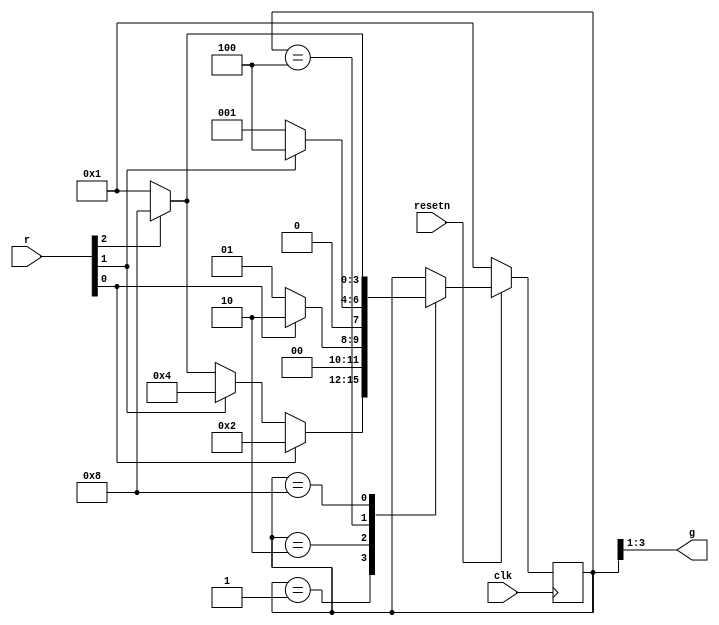
module top_module (
    input clk,
    input resetn,    // active-low synchronous reset
    input [3:1] r,   // request
    output [3:1] g   // grant
); 
    reg [3:0] state, next_state;
    always @(*) begin
        case (state)
            'b0001: next_state <= (r[1] ? 'b0010: (r[2] ? 'b0100: (r[3] ? 'b1000: 'b0001)));
            'b0010: next_state <= r[1] ? 'b0010: 'b0001;
            'b0100: next_state <= r[2] ? 'b0100: 'b0001;
            'b1000: next_state <= r[3] ? 'b1000: 'b0001;
            default: next_state <= state;
        endcase
    end
    
    always @(posedge clk) begin
        if (~resetn)
            state <= 'b0001;
        else
            state <= next_state;
    end

    assign g = state[3:1];
endmodule